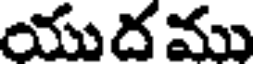
యుద ము